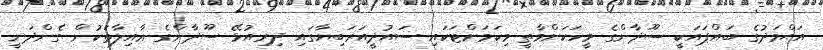
އަޙްމަދުގެ ބައްޕައަކީ ސޫދާންގެ މީހަކަށްވާތީ މިކަމަށްޓަކައި ސައުދީއަރަބިޔާގައި ދިރިއުޅޭ ސޫދާންގެ ޢާއިލާތަކުން ގެންދަނީ